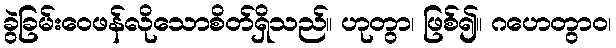
ခွဲခြမ်းဝေဖန်လိုသောစိတ်ရှိသည်။ ဟုတွာ၊ ဖြစ်၍။ ဂဟေတွာဝ၊